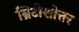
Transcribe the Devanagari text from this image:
ब्रिटीशोत्तर